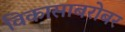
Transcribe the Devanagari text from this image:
विकासाबरोबर